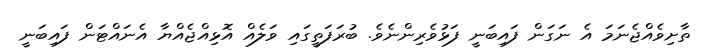
ތާށިވެއްޖެނަމަ އެ ނަގަން ފައިބަނީ ފަޅުވެރިންނެވެ. ބުރަފަތީގައި ވަލެއް އޮޅިއްޖެއްޔާ އެނައްޓަން ފައިބަނީ